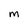
Character: M